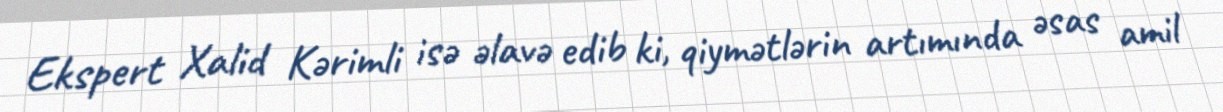
Ekspert Xalid Kərimli isə əlavə edib ki, qiymətlərin artımında əsas amil